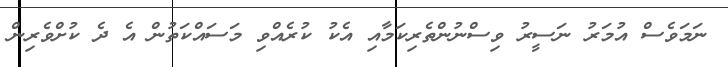
ނަމަވެސް އުމަރު ނަސީރު ވިސްނުންތެރިކަމާއި އެކު ކުރެއްވި މަސައްކަތުން އެ ދެ ކުށްވެރިން